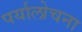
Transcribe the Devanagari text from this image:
पर्यालोचना